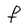
Character: F